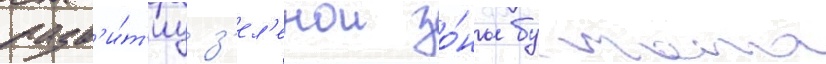
разв'и́т'иу з'ел'енои зо́ны бустана